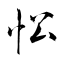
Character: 忪